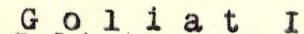
Goliat I